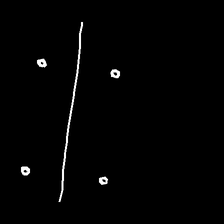
Glyph: cool